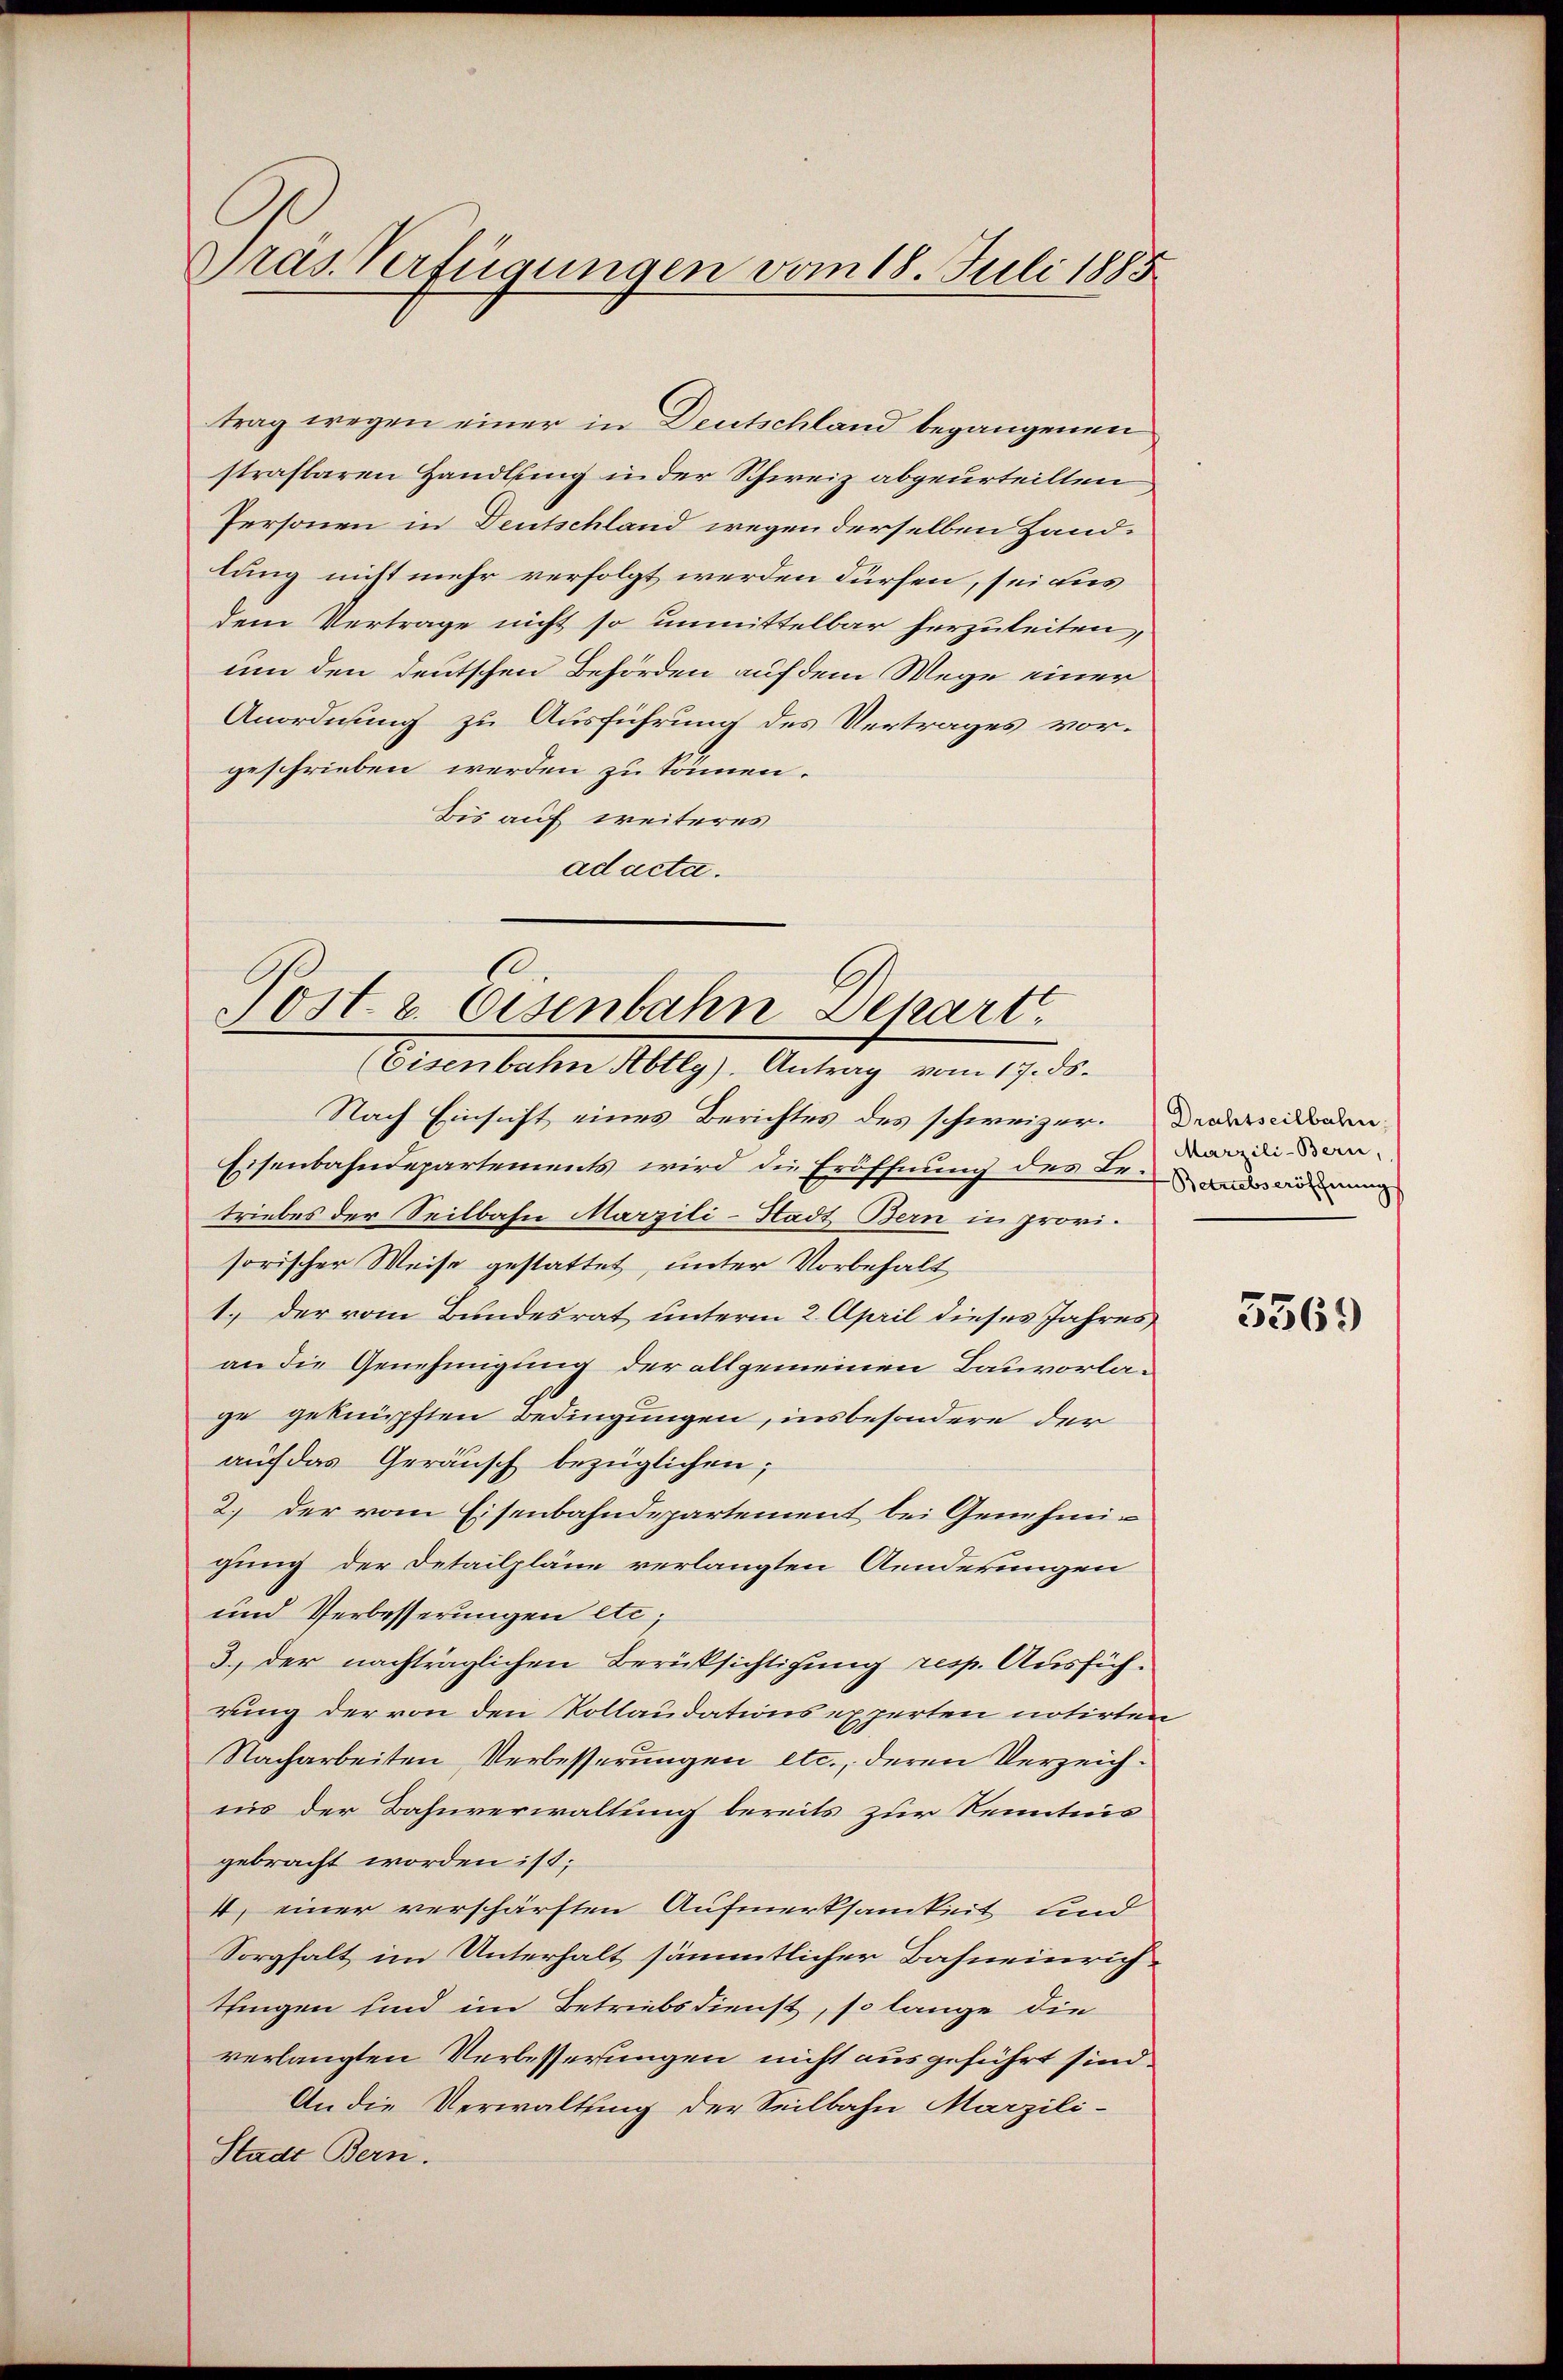
Präs. Verfügungen vom 18. Juli 1885

trag wegen einer in Deutschland begangenen
strafbaren Handlung in der Schweiz abgeurteilten
Personen in Deutschland wegen derselben Handlung nicht mehr verfolgt werden dürfen, sei aus
dem Vertrage nicht so unmittelbar herzuleiten,
um den deutschen Behörden auf dem Wege einer
Anordnung zu Ausführung des Vertrages vorgeschrieben werden zu können.
Bis auf weiteres
ad acta.

Post z. Eisenbahn Depart.
(Eisenbahn Abtlg). Antrag vom 17. ds.

Nach Einsicht eines Berichtes des schweizer¬
Eisenbahndepartements wird die Eröffnung des Leide ordnung
triebes der Seilbahn Marzili-Stadt Bern in provisorischer Weise gestattet, unter Vorbehalt
1.) der vom Bundesrat unterm 2. April dieses Jahres
an die Genehmigung der allgemeinen Bauvorlage geknüpften Bedingungen, insbesondere der
auf das Geräusch bezüglichen;
2.) der vom Eisenbahndepartement bei Genehmigung der Detailpläne verlangten Aenderungen
und Verbesserungen etc;
3.) der nachträglichen Berücksichtigung resp. Ausführung der von den Kollaudations experten notirten
Nacharbeiten Verbesserungen etc., deren Verzeichnis der Bahnverwaltung bereits zur Kenntnis
gebracht worden ist;
4) einer verschärften Aufmerksamkeit und
Sorgfalt im Unterhalt sämmtlicher Bahneinrichthingen sind im Betriebsdienst, so lange die
verlangten Verbesserungen nicht ausgeführt sind.
An die Verwaltung der Seilbahn Marzili-
Stadt Bern.

Drahtseilbahn
Marzili-Bern,

3569